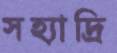
সহ্যাদ্রি